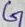
Text: G